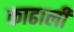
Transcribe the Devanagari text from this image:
काढाली